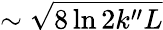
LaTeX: \sim\sqrt{8\ln{2}k^{\prime\prime}L}